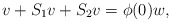
\begin{align*}v+S_1v+S_2v=\phi(0)w,\end{align*}